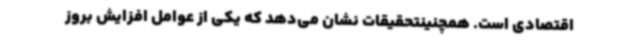
اقتصادی است. همچنینتحقیقات نشان می‌دهد که یکی از عوامل افزایش بروز